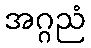
အဂ္ဂညံ